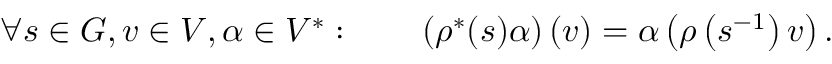
\forall s \in G , v \in V , \alpha \in V ^ { * } : \qquad \left( \rho ^ { * } ( s ) \alpha \right) ( v ) = \alpha \left( \rho \left( s ^ { - 1 } \right) v \right) .